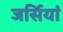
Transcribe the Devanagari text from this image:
जर्सियां